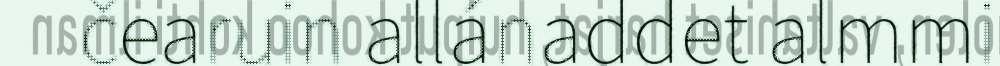
čearuin allánaddet almmi